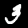
Label: 3